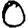
Digit: 0